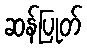
ဆန်ပြုတ်